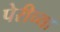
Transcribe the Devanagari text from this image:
पेरीच्या